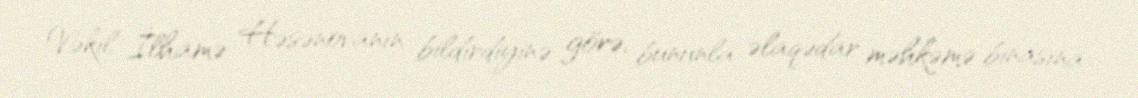
Vəkil İlhamə Həsənovanın bildirdiyinə görə, bununla əlaqədar məhkəmə binasına